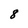
Character: 8